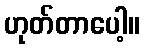
ဟုတ်တာပေါ့။